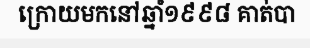
ក្រោយមកនៅឆ្នាំ១៩៩៨ គាត់បា